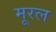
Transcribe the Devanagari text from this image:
मूरल